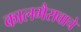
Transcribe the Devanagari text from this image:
कालभैरावाचे